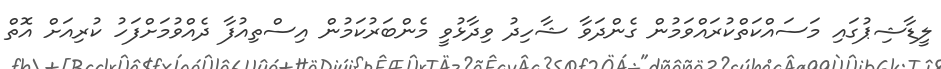
ލީޑާޝިޕުގައި މަސައްކަތްކުރައްވަމުން ގެންދަވާ ޝާހިދު ވިދާޅުވީ މެންބަރުކަމުން އިސްތިއުފާ ދެއްވުމަށްފަހު ކުރިއަށް އޮތް